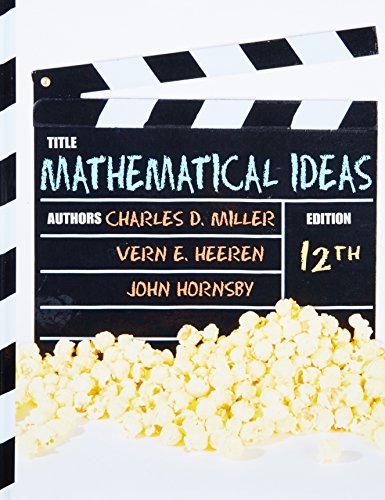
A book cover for Mathematical Ideas (12th Edition); Charles D. Miller; Science & Math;